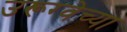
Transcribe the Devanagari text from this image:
उरूग्वेच्या